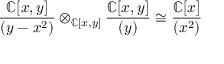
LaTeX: { \frac { \mathbb { C } [ x , y ] } { ( y - x ^ { 2 } ) } } \otimes _ { \mathbb { C } [ x , y ] } { \frac { \mathbb { C } [ x , y ] } { ( y ) } } \cong { \frac { \mathbb { C } [ x ] } { ( x ^ { 2 } ) } }